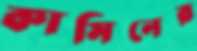
কামিনের